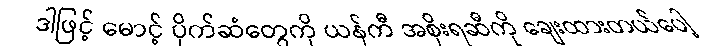
ဒါဖြင့် မောင့် ပိုက်ဆံတွေကို ယန်ကီ အစိုးရဆီကို ချေးထားတယ်ပေါ့